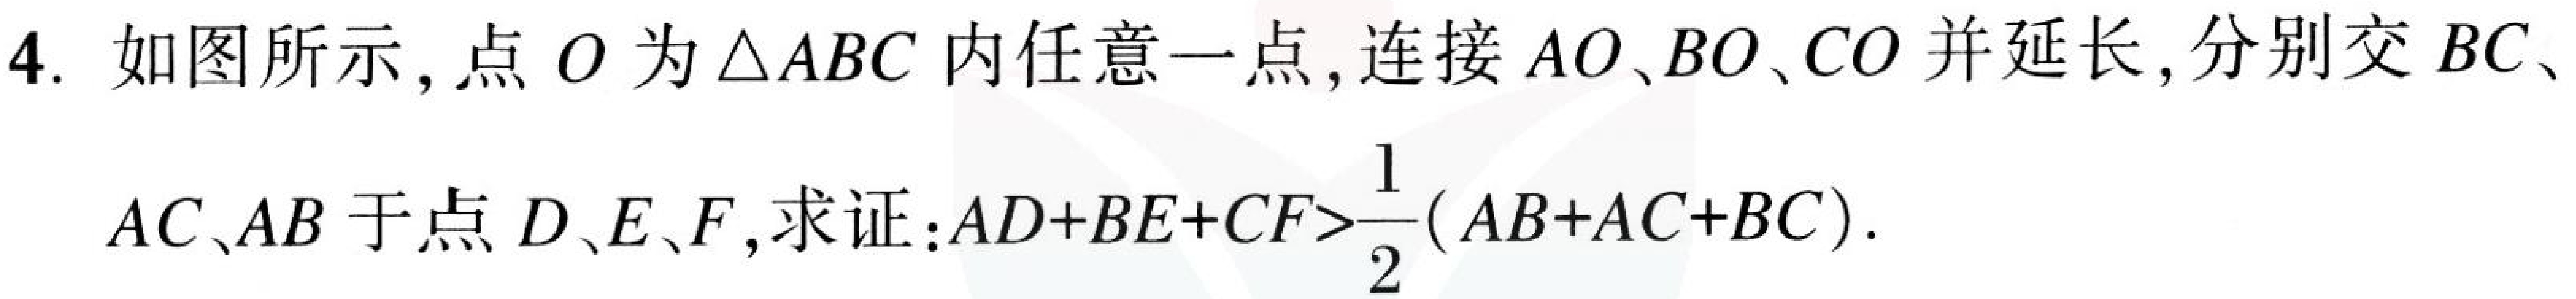
4. 如图所示, 点$O$为$\triangle ABC$内任意一点, 连接$AO、BO、CO$并延长, 分别交$BC、AC、AB$于点$D、E、F$, 求证:$AD + BE+CF>\frac{1}{2}(AB + AC + BC)$.